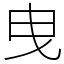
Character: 曳